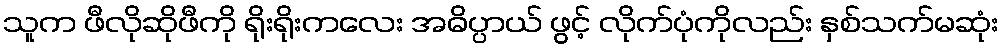
သူက ဖီလိုဆိုဖီကို ရိုးရိုးကလေး အဓိပ္ပာယ် ဖွင့် လိုက်ပုံကိုလည်း နှစ်သက်မဆုံး